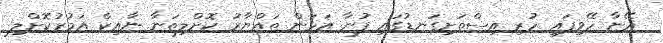
އޭނާ ހޭވިފައި ހުރި އިސްތަށިގަނޑުގައި ފުނާ އަޅަން ތައްޔާރު ކޮށްލިތަނާ ނާއިކް އަމުރުކޮށްލި